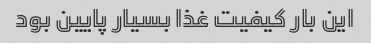
این بار کیفیت غذا بسیار پایین بود